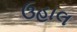
ઉહાલ